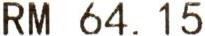
RM 64.15